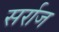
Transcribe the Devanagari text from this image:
सर्राज